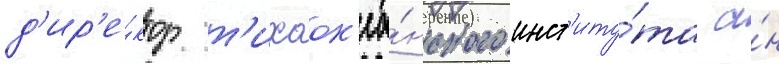
д'ир'е́ктор т'ихоок'еа́нского инст'иту́та а́н